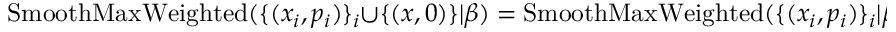
\operatorname { S m o o t h M a x W e i g h t e d } ( \{ ( x _ { i } , p _ { i } ) \} _ { i } \cup \{ ( x , 0 ) \} | \beta ) = \operatorname { S m o o t h M a x W e i g h t e d } ( \{ ( x _ { i } , p _ { i } ) \} _ { i } | \beta )